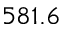
5 8 1 . 6